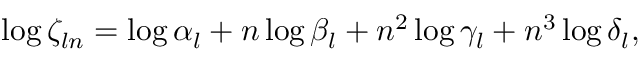
\begin{array} { r } { \log \zeta _ { l n } = \log \alpha _ { l } + n \log \beta _ { l } + n ^ { 2 } \log \gamma _ { l } + n ^ { 3 } \log \delta _ { l } , } \end{array}